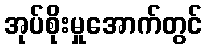
အုပ်စိုးမှုအောက်တွင်